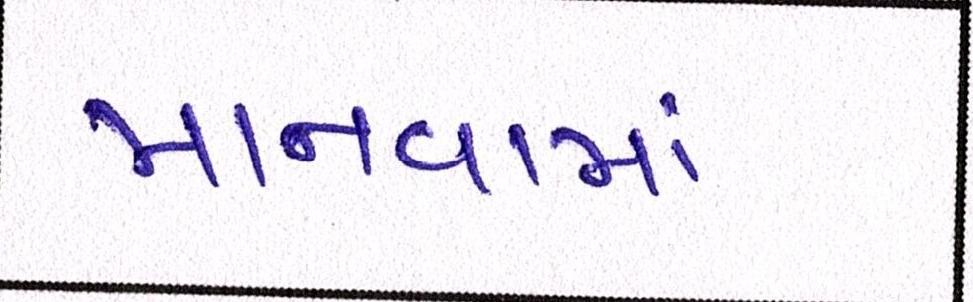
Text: માનવામાં